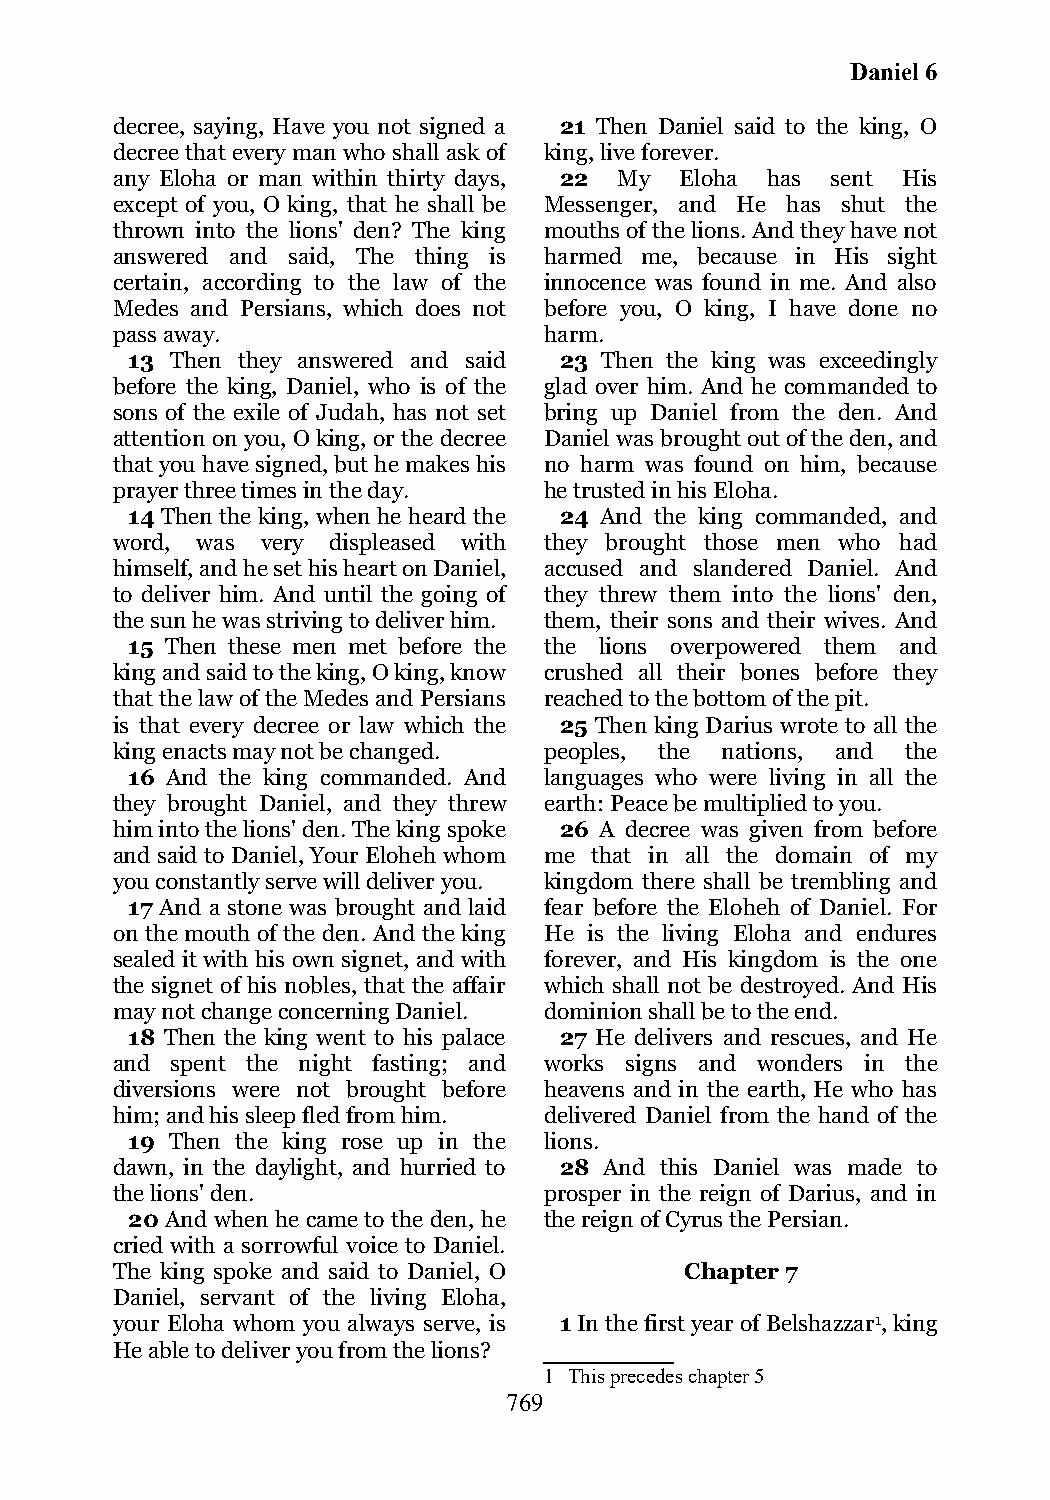
Daniel 6
 decree, saying, Have you not signed a 21 Then Daniel said to the king, O
 decree that every man who shall ask of king, live forever.
 any Eloha or man within thirty days, 22 My Eloha has sent His
 except of you, O king, that he shall be Messenger, and He has shut the
 thrown into the lions' den? The king mouths of the lions. And they have not
 answered and said, The thing is harmed me, because in His sight
 certain, according to the law of the innocence was found in me. And also
 Medes and Persians, which does not before you, O king, I have done no
 pass away.                   harm.
 13 Then they answered and said 23 Then the king was exceedingly
 before the king, Daniel, who is of the glad over him. And he commanded to
 sons of the exile of Judah, has not set bring up Daniel from the den. And
 attention on you, O king, or the decree Daniel was brought out of the den, and
 that you have signed, but he makes his no harm was found on him, because
 prayer three times in the day. he trusted in his Eloha.
 14 Then the king, when he heard the 24 And the king commanded, and
 word, was very displeased with they brought those men who had
 himself, and he set his heart on Daniel, accused and slandered Daniel. And
 to deliver him. And until the going of they threw them into the lions' den,
 the sun he was striving to deliver him. them, their sons and their wives. And
 15 Then these men met before the the lions overpowered them and
 king and said to the king, O king, know crushed all their bones before they
 that the law of the Medes and Persians reached to the bottom of the pit.
 is that every decree or law which the 25 Then king Darius wrote to all the
 king enacts may not be changed. peoples, the nations, and the
 16 And the king commanded. And languages who were living in all the
 they brought Daniel, and they threw earth: Peace be multiplied to you.
 him into the lions' den. The king spoke 26 A decree was given from before
 and said to Daniel, Your Eloheh whom me that in all the domain of my
 you constantly serve will deliver you. kingdom there shall be trembling and
 17 And a stone was brought and laid fear before the Eloheh of Daniel. For
 on the mouth of the den. And the king He is the living Eloha and endures
 sealed it with his own signet, and with forever, and His kingdom is the one
 the signet of his nobles, that the affair which shall not be destroyed. And His
 may not change concerning Daniel. dominion shall be to the end.
 18 Then the king went to his palace 27 He delivers and rescues, and He
 and spent the night fasting; and works signs and wonders in the
 diversions were not brought before heavens and in the earth, He who has
 him; and his sleep fled from him. delivered Daniel from the hand of the
 19 Then the king rose up in the lions.
 dawn, in the daylight, and hurried to 28 And this Daniel was made to
 the lions' den.              prosper in the reign of Darius, and in
 20 And when he came to the den, he the reign of Cyrus the Persian.
 cried with a sorrowful voice to Daniel.
 The king spoke and said to Daniel, O  Chapter 7
 Daniel, servant of the living Eloha,
 your Eloha whom you always serve, is 1 In the first year of Belshazzar1, king
 He able to deliver you from the lions?
 1 This precedes chapter 5
 769